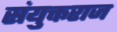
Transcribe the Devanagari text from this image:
संयुक्तराज